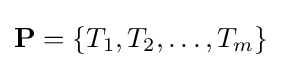
\mathbf {P} =\{T_{1},T_{2},\dots ,T_{m}\}